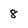
Character: 8